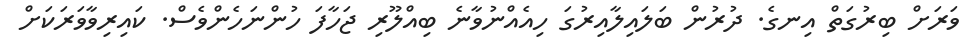
ވަރަށް ބިރުގަތް އިނގެ. ދުރުން ބަލައިލާއިރުގަ ހިއެއްނުވާނެ ބިއްލޫރި ޖަހާފަ ހުންނަހެންވެސް. ކައިރިވާވަރަކަށް